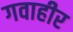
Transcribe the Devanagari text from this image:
गवाहीर